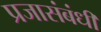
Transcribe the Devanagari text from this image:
प्रजासंबंधी